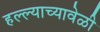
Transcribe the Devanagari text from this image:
हल्ल्याच्यावेळी